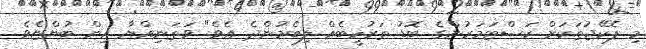
މި ޕެކޭޖުތަކަށް ކަސްޓަމަރުންގެ ބޮޑު ތަރުހީބެއް ލިބެމުންދެ އެވެ" ވަތަނިއްޔާ އިން ބުންޏެވެ.